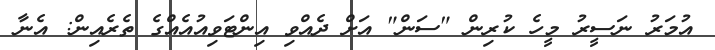
އުމަރު ނަސީރު މީހެ ކުރިން "ސަން" އަށް ދެއްވި އިންޓަވިއުއެއްގެ ތެރެއިން: އެނާ